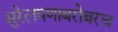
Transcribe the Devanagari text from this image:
सुरेलपणाबरोबरच